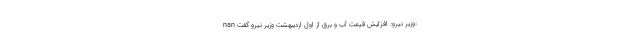
nan وزیر نیرو: افزایش قیمت آب و برق از اول اردیبهشت وزیر نیرو گفت: